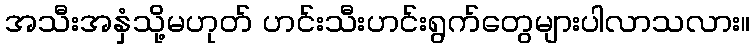
အသီးအနှံသို့မဟုတ် ဟင်းသီးဟင်းရွက်တွေများပါလာသလား။